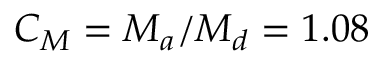
C _ { M } = M _ { a } / M _ { d } = 1 . 0 8